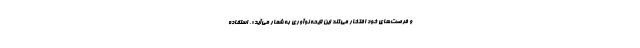
و فرصت‌های خود افتخار می‌کند این لایحه نوآوری به شمار می‌آید». استفاده